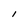
Character: 1